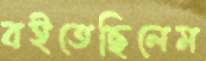
বইতেছিলেম